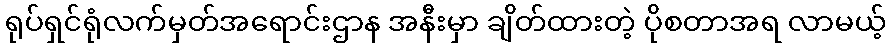
ရုပ်ရှင်ရုံလက်မှတ်အရောင်းဌာန အနီးမှာ ချိတ်ထားတဲ့ ပိုစတာအရ လာမယ့်